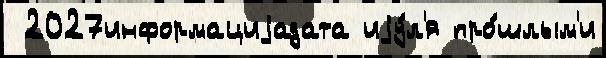
 2027информациjадата иjу́л'я про́шлым'и